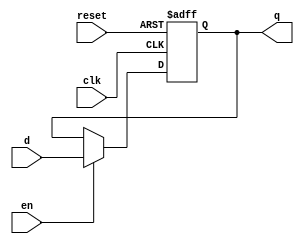
module d_ff_en_1seg
(
input wire clk, reset,en,
input wire d ,
output reg q
);
// body
always @(posedge clk, posedge reset)
if (reset)
q <= 1'b0;
 else if(en)
q <= d;
endmodule
module testbench();
reg clk,reset,d,en;
wire q;
initial 

    clk=0;
   
always
    #10 clk=~clk;
initial 
begin
     @(negedge clk)reset=0;
     @(negedge clk)en=0;
     @(negedge clk)d=0;
     @(negedge clk)d=1;
     @(negedge clk)d=0;
     @(negedge clk)d=1;
     
   @(negedge clk)reset=0; 
   @(negedge clk)en=1;
   @(negedge clk)d=0;
   @(negedge clk)d=1;
   @(negedge clk)d=0;
   @(negedge clk)d=1;
        
        @(negedge clk)en=1;
        @(negedge clk)reset=1;
        @(negedge clk)d=0;
        @(negedge clk)d=1;
        @(negedge clk)d=0;
        @(negedge clk)d=1;
        
    

end

initial 
    #200 $stop;

d_ff_en_1seg(clk,reset,d,en,q);



endmodule